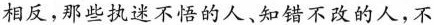
相反，那些执迷不悟的人、知错不改的人，不